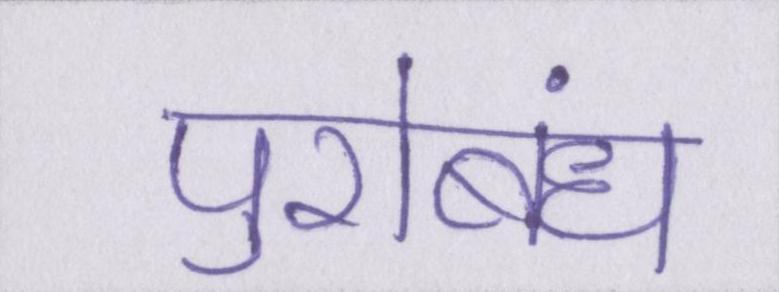
पुरोबंध